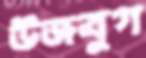
উজবুগ